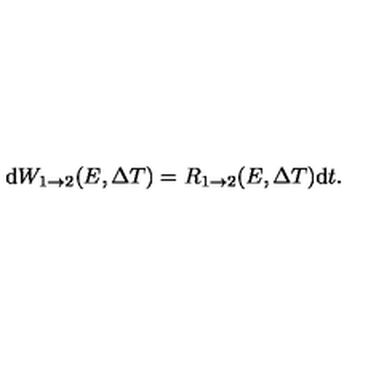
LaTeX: \mathrm { d } W _ { 1 \rightarrow 2 } ( E , \Delta T ) = R _ { 1 \rightarrow 2 } ( E , \Delta T ) \mathrm { d } t .